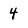
Character: 4